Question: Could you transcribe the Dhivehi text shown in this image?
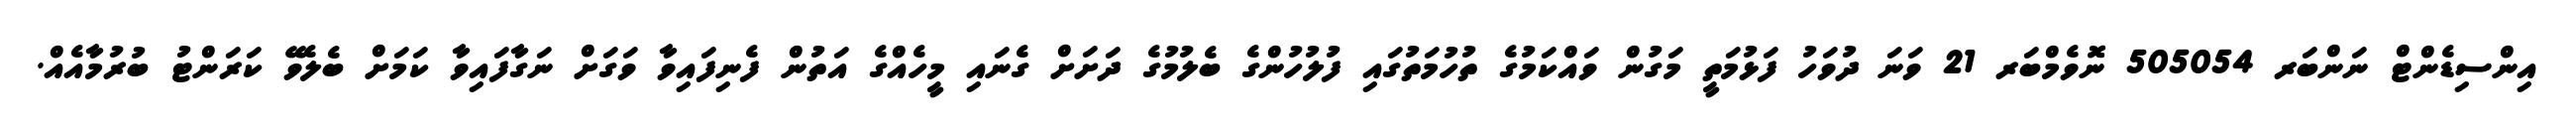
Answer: އިންސިޑެންޓް ނަންބަރ 505054 ނޮވެމްބަރ 21 ވަނަ ދުވަހު ފަޅުމަތީ މަގުން ވައްކަމުގެ ތުހުމަތުގައި ފުލުހުންގެ ބެލުމުގެ ދަށަށް ގެނައި މީހެއްގެ އަތުން ފެނިފައިވާ ވަގަށް ނަގާފައިވާ ކަމަށް ބެލެވޭ ކަރަންޓު ބުރުމާއެއް.